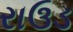
રાઉડ